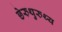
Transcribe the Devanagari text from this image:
छेरुथुरुथ्य